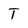
Character: T